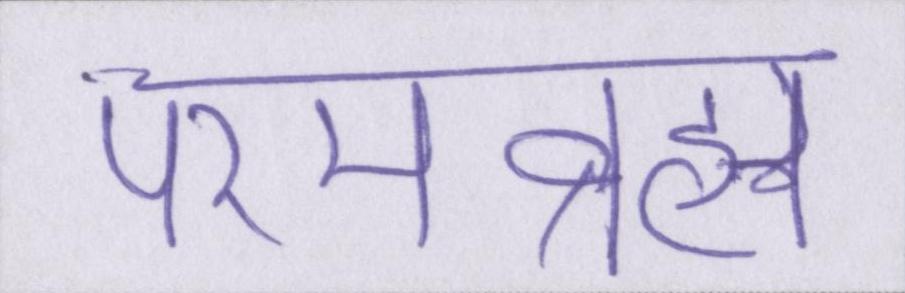
परमब्रह्म